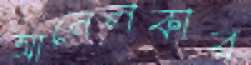
আনেলকার